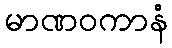
မာဏဝကာနံ